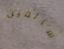
سالمين